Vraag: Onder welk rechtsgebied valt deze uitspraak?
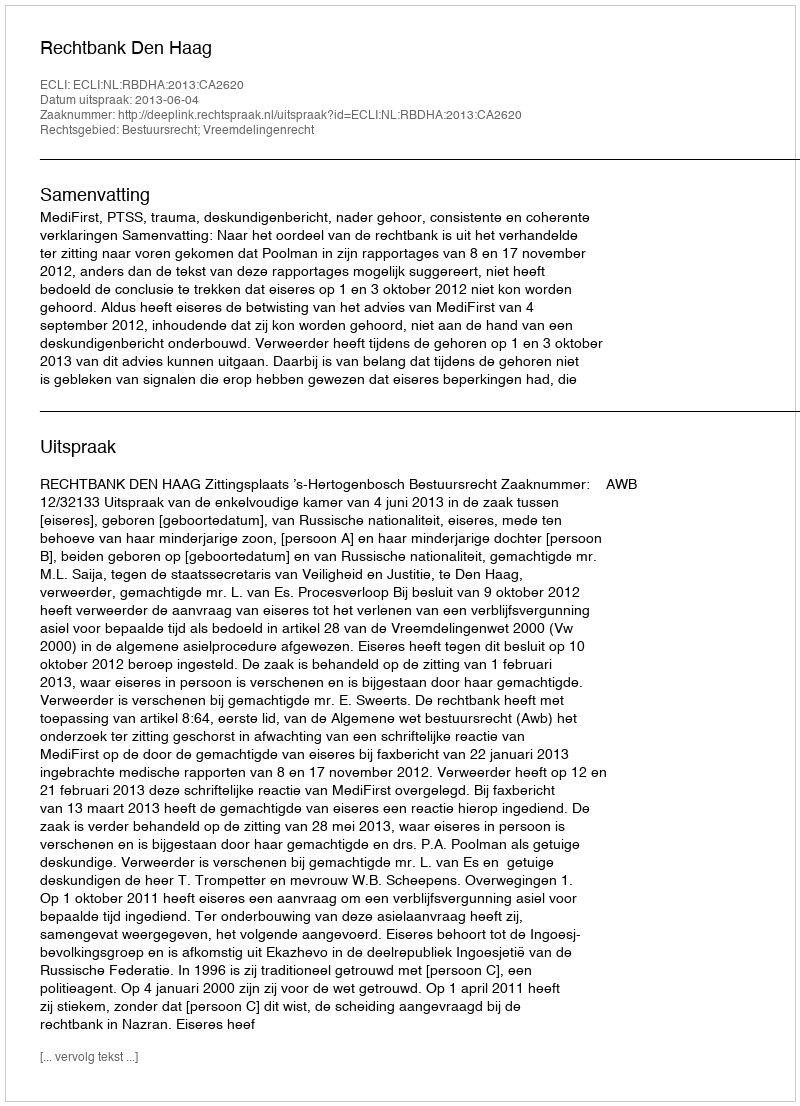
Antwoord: Bestuursrecht; Vreemdelingenrecht